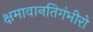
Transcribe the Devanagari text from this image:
क्षमावानतिगंभीरो